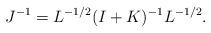
LaTeX: \begin{align*}J^{-1}=L^{-1/2}(I+K)^{-1}L^{-1/2}.\end{align*}